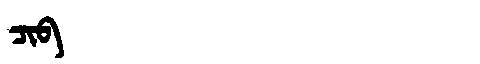
Manchu: ᠴᡳᠪ
Romanization: CIB